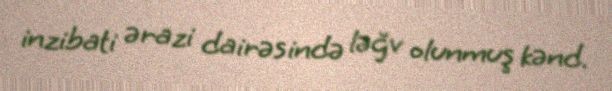
inzibati ərazi dairəsində ləğv olunmuş kənd.